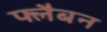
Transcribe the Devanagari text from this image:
फ्लैबन